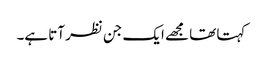
کہتا تھا مجھے ایک جن نظر آتا ہے۔